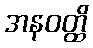
အနဝတ္ထိ